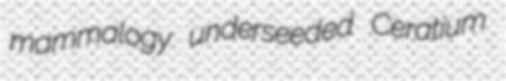
mammalogy underseeded Ceratium